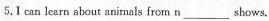
5.I can learn about animals from n___ shows.